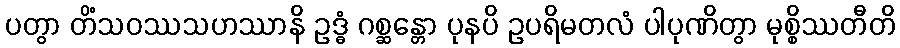
ပတွာ တိံသဝဿသဟဿာနိ ဥဒ္ဓံ ဂစ္ဆန္တော ပုနပိ ဥပရိမတလံ ပါပုဏိတွာ မုစ္စိဿတီတိ